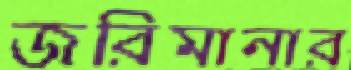
জরিমানার